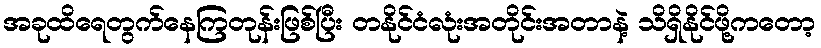
အခုထိရေတွက်နေကြတုန်းဖြစ်ပြီး တနိုင်ငံလုံးအတိုင်းအတာနဲ့ သိရှိနိုင်ဖို့ကတော့